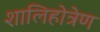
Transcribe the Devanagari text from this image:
शालिहोत्रेण